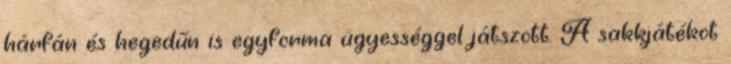
hárfán és hegedűn is egyforma ügyességgel játszott. A sakkjátékot